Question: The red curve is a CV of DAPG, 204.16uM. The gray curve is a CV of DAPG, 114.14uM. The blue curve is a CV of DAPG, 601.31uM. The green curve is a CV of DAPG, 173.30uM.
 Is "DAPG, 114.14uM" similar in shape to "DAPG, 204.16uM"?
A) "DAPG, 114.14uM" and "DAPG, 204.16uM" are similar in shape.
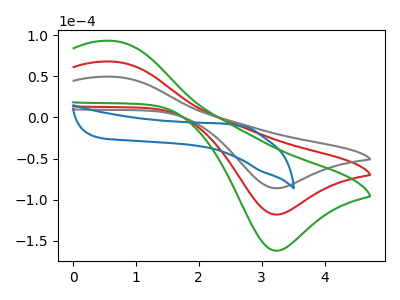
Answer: <think>The red curve "DAPG, 204.16uM" has an anodic peak at (0.65V, 67.75uA) and a cathodic peak at (3.25V, -118.20uA). The gray curve "DAPG, 114.14uM" has an anodic peak at (0.65V, 49.40uA) and a cathodic peak at (3.25V, -86.15uA). The blue curve "DAPG, 601.31uM" has no peaks. The green curve "DAPG, 173.30uM" has an anodic peak at (0.65V, 135.50uA) and a cathodic peak at (3.25V, -236.35uA).
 All the peaks in "DAPG, 114.14uM" have a peak in "DAPG, 204.16uM" at the same potential. Every peak in "DAPG, 114.14uM" is lower than every peak in "DAPG, 204.16uM".</think>
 <answer>A) "DAPG, 114.14uM" and "DAPG, 204.16uM" are similar in shape.</answer>
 <eval>A</eval>